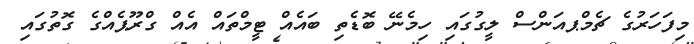
މިފަހަރުގެ ޗެމްޕއަންސް ލީގުގައި ހިމެނޭ ބޮޑެތި ބައެއް ޓީމްތައް އެއް ގްރޫޕެއްގެ ގޮތުގައި